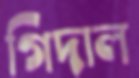
গিদাল